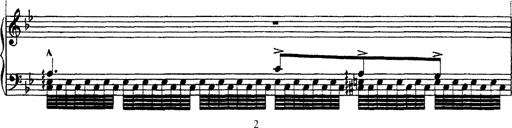
Title: Ã‰tudes d'exÃ©cution transcendante d'aprÃ¨s Paganini
Composer: Franz Liszt